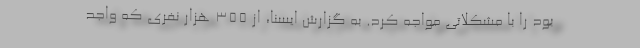
بود را با مشکلاتی مواجه کرد. به گزارش ایسنا، از ۳۵۵ هزار نفری که واجد